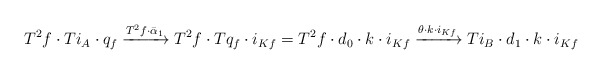
\begin{align*} T^2f\cdot Ti_A\cdot q_f\xrightarrow{T^2f\cdot\bar\alpha_1} T^2 f\cdot Tq_f\cdot i_{Kf} = T^2 f\cdot d_0\cdot k \cdot i_{Kf} \xrightarrow{\theta\cdot k\cdot i_{Kf}} Ti_B\cdot d_1\cdot k \cdot i_{Kf} \end{align*}